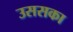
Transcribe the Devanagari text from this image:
उससका